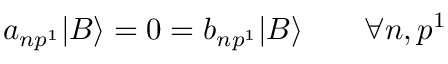
a _ { n p ^ { 1 } } | B \rangle = 0 = b _ { n p ^ { 1 } } | B \rangle \qquad \forall n , p ^ { 1 }